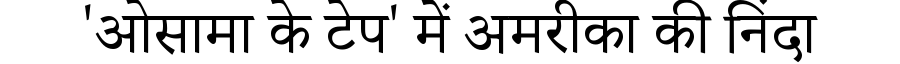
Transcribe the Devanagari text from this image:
'ओसामा के टेप' में अमरीका की निंदा